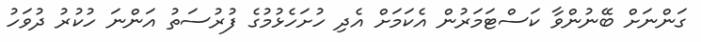
ގަންނަށް ބޭނުންވާ ކަސްޓަމަރުން އެކަމަށް އެދި ހުށަހެޅުމުގެ ފުުރުސަތު އަންނަ ހުކުުރު ދުވަހު